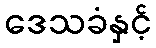
ဒေသခံနှင့်